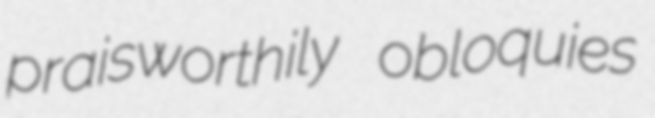
praisworthily obloquies